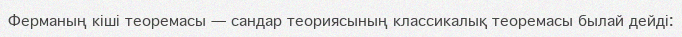
Ферманың кіші теоремасы — сандар теориясының классикалық теоремасы былай дейді: